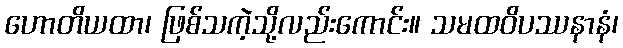
ဟောတိယထာ၊ ဖြစ်သကဲ့သို့လည်းကောင်း။ သမထဝိပဿနာနံ၊